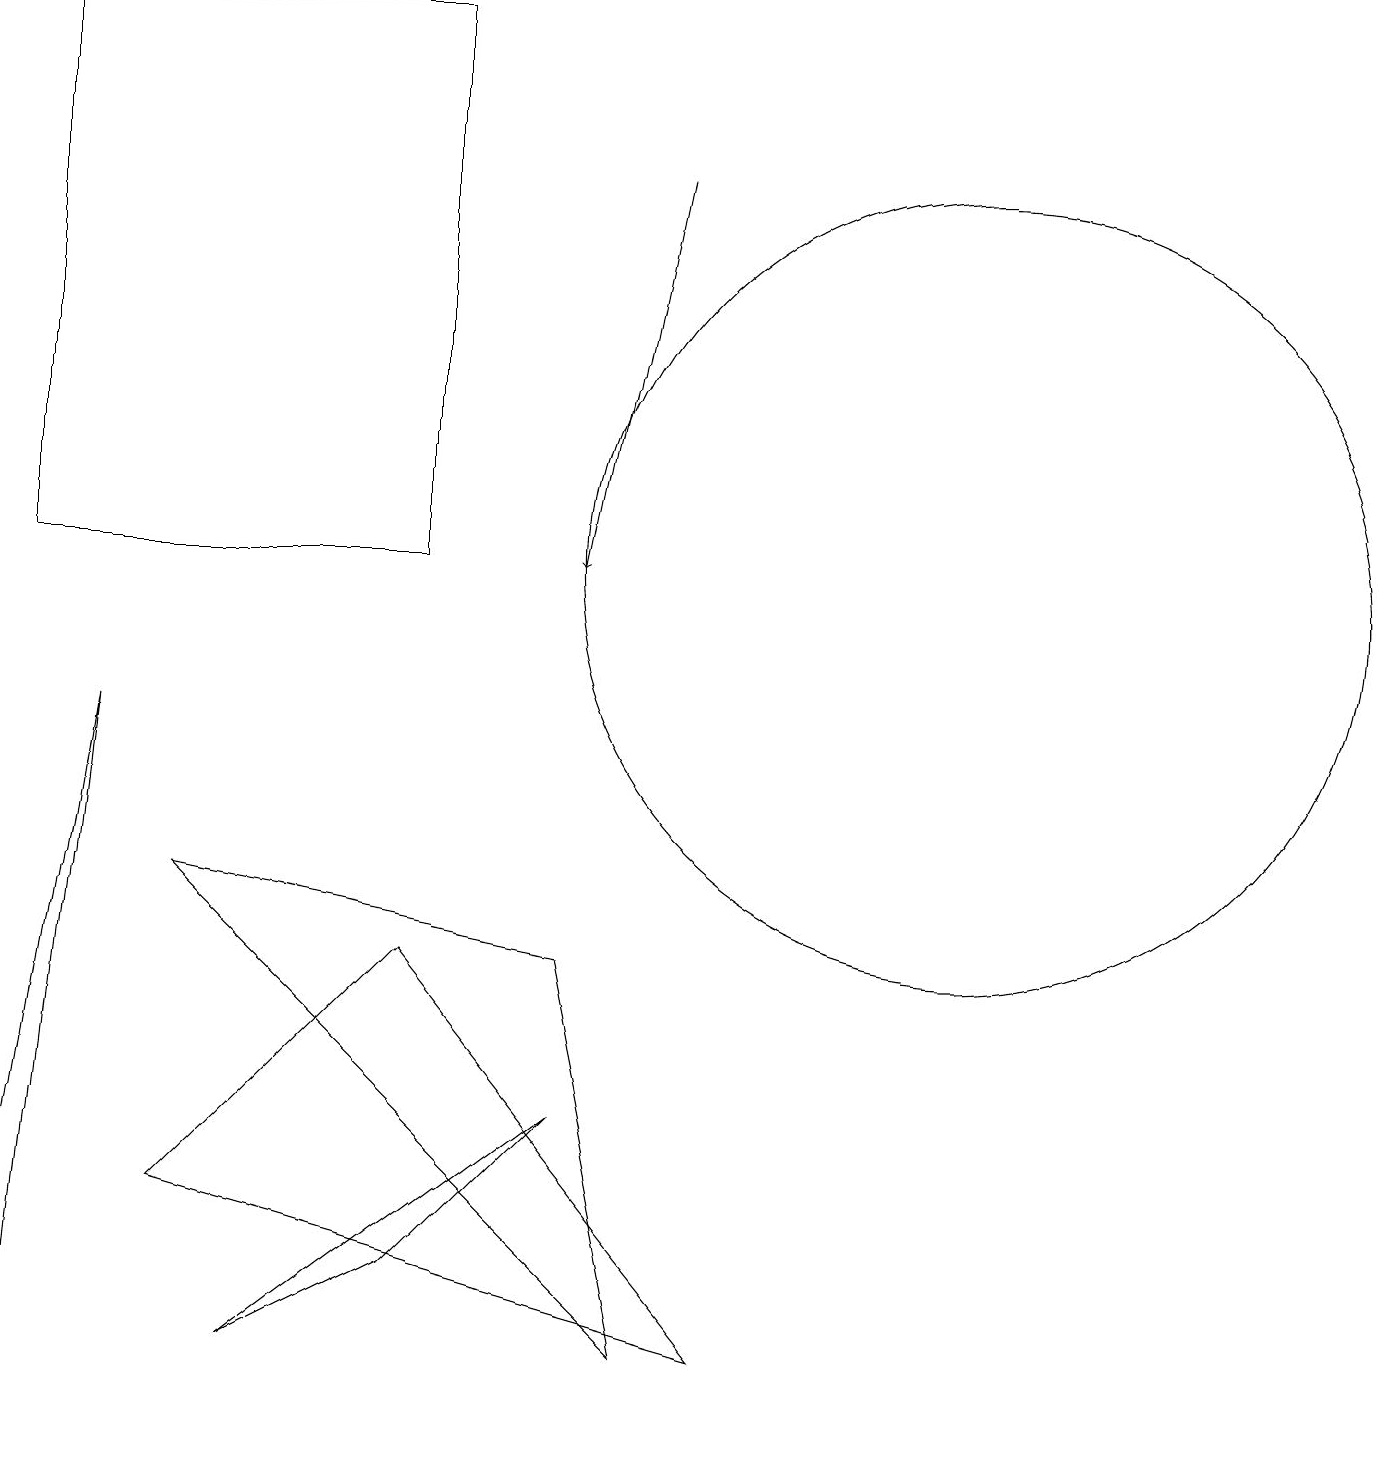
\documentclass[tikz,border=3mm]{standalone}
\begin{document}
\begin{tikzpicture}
\draw (12,11) circle (5);
\draw (7,6) -- (8,1) -- (2,7) -- cycle;
\draw (1,9) -- (0,3) -- (0,0) -- cycle;
\draw (3,1) -- (7,4) -- (5,2) -- cycle;
\draw (0,18) rectangle (5,11);
\draw[->] (8,16) -- (7,11);
\draw (9,1) -- (2,3) -- (5,6) -- cycle;
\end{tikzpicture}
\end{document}